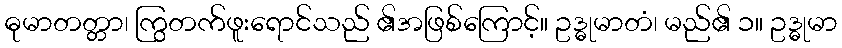
ဓုမာတတ္တာ၊ ကြွတက်ဖူးရောင်သည် ၏အဖြစ်ကြောင့်။ ဥဒ္ဓုမာတံ၊ မည်၏ ၁။ ဥဒ္ဓုမာ